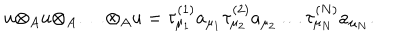
u { \otimes } _ { A } u { \otimes } _ { A } \ldots { \otimes } _ { A } u = { \tau } _ { { \mu } _ { 1 } } ^ { ( 1 ) } a _ { { \mu } _ { 1 } } { \tau } _ { { \mu } _ { 2 } } ^ { ( 2 ) } a _ { { \mu } _ { 2 } } \ldots { \tau } _ { { \mu } _ { N } } ^ { ( N ) } a _ { { \mu } _ { N } } .